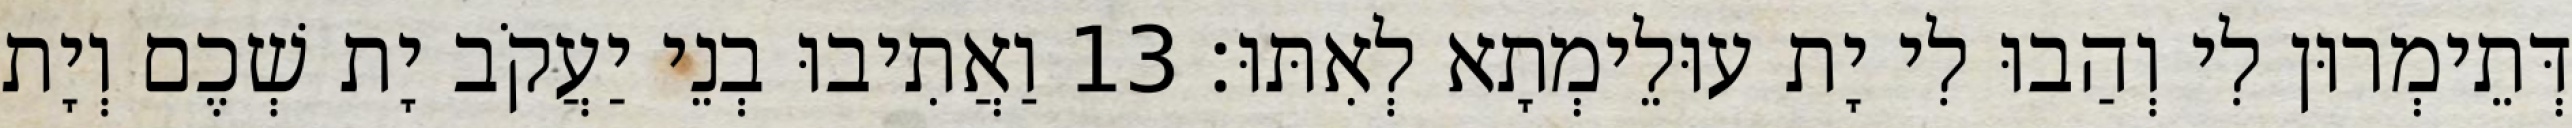
דְּתֵימְרוּן לִי וְהַבוּ לִי יָת עוּלֵימְתָא לְאִתּוּ׃ 13 וַאֲתִיבוּ בְנֵי יַעֲקֹב יָת שְׁכֶם וְיָת